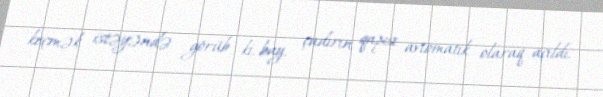
keçmək istəyəndə görüb ki, bay, çadırın qapısı avtomatik olaraq açıldı.